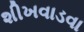
શીખવાડવા